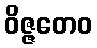
ဝိဇ္ဇတေဝ